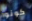
كونوا